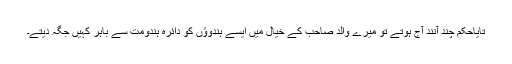
تایاحکم چند آنند آج ہوتے تو میرے والد صاحب کے خیال میں ایسے ہندوؤں کو دائرہ ہندومت سے باہر کہیں جگہ دیتے۔